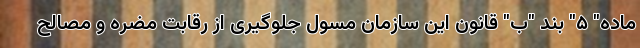
ماده" ۵" بند "ب" قانون این سازمان مسول جلوگیری از رقابت مضره و مصالح